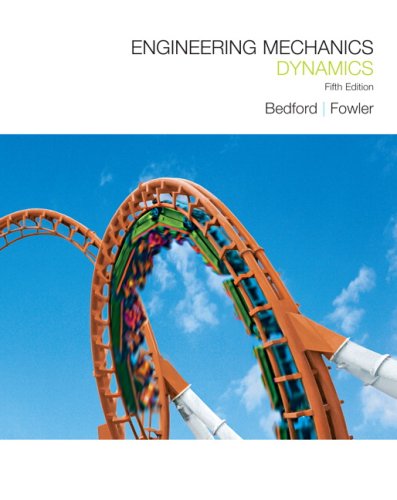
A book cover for Engineering Mechanics: Dynamics (5th Edition); Anthony M. Bedford; Engineering & Transportation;